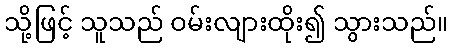
သို့ဖြင့် သူသည် ဝမ်းလျားထိုး၍ သွားသည်။